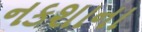
નકશાના